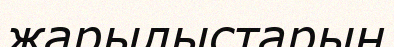
жарылыстарын